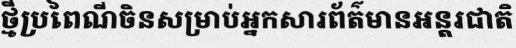
ថ្មីប្រពៃណីចិនសម្រាប់អ្នកសារព័ត៌មានអន្តរជាតិ